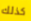
كذلك